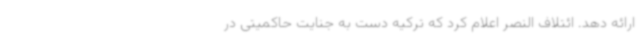
ارائه دهد. ائتلاف النصر اعلام کرد که ترکیه دست به جنایت حاکمیتی در